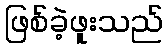
ဖြစ်ခဲ့ဖူးသည်